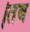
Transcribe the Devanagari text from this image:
।तब